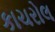
કાચરોલ